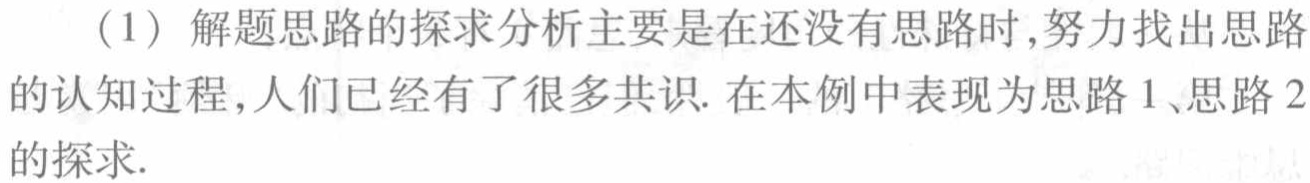
（1）解题思路的探求分析主要是在还没有思路时,努力找出思路的认知过程,人们已经有了很多共识. 在本例中表现为思路 1、思路 2的探求.